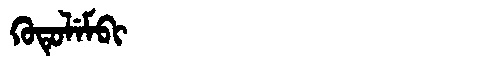
Manchu: ᡴᡠᡨᡠᠯᡝᠮᠪᡳ
Romanization: KUTULEMBI